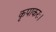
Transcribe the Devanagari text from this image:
कृपाकरः।